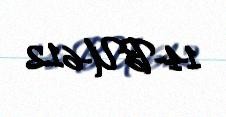
14-BU-612